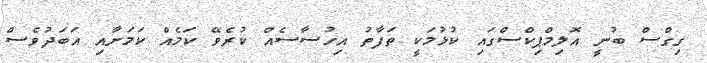
ގިގްސް ބުނީ އޮލިމްޕިކްސްގައި ކުޅުމަކީ ތަފާތު އިހުސާސެއް ކުރެވޭ ކަމެއް ކަމަށާއި އަބަދުވެސް